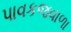
પાવકજવાળા